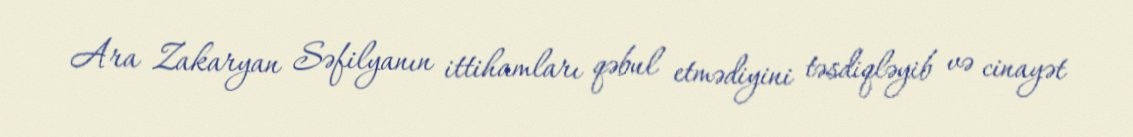
Ara Zakaryan Səfilyanın ittihamları qəbul etmədiyini təsdiqləyib və cinayət